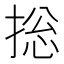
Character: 捴